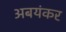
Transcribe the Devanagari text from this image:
अबयंकर